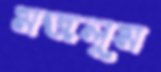
মজলুম